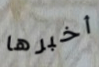
أخبرها